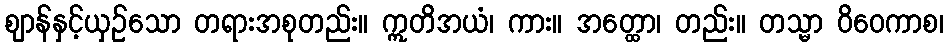
ဈာန်နှင့်ယှဉ်သော တရားအစုတည်း။ ဣတိအယံ၊ ကား။ အတ္ထော၊ တည်း။ တသ္မာ ဝိဝေကာစ၊